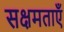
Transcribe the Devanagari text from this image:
सक्षमताएँ